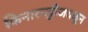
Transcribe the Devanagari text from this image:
किनारपट्टीजवळून